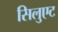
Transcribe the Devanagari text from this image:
सिलुएट